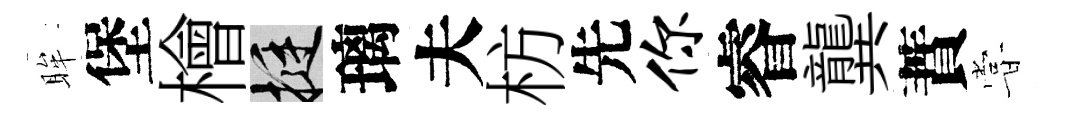
眸堡檜挺璃夫枋先你睿龔蕡甞